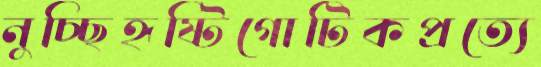
নুচ্ছিহৃষ্টিগোটিকপ্রত্যে